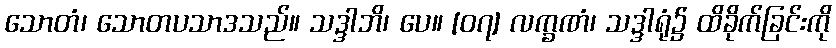
သောတံ၊ သောတပသာဒသည်။ သဒ္ဒါဘိ၊ ပေ။ [၀၇] လက္ခဏံ၊ သဒ္ဒါရုံ၌ ထိခိုက်ခြင်းကို